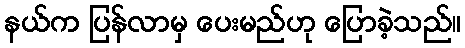
နယ်က ပြန်လာမှ ပေးမည်ဟု ပြောခဲ့သည်။